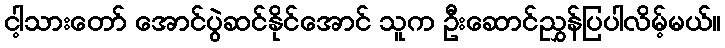
ငါ့သားတော် အောင်ပွဲဆင်နိုင်အောင် သူက ဦးဆောင်ညွှန်ပြပါလိမ့်မယ်။